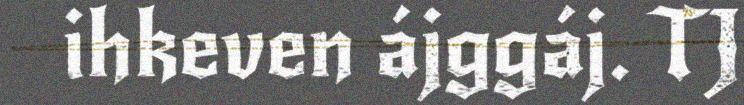
ihkeven ájggáj. TJ